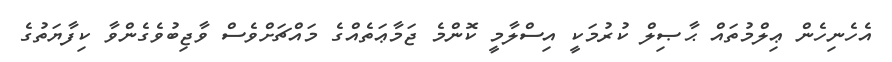
އެހެނިހެން ޢިލްމުތައް ޙާޞިލް ކުރުމަކީ އިސްލާމީ ކޮންމެ ޖަމާޢަތެއްގެ މައްޗަށްވެސް ވާޖިބުވެގެންވާ ކިފާޔަތުގެ